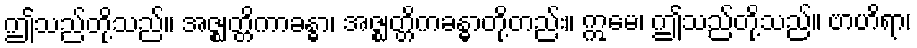
ဤသည်တို့သည်။ အဇ္ဈတ္တိကာခန္ဓာ၊ အဇ္ဈတ္တိကခန္ဓာတို့တည်း။ ဣမေ၊ ဤသည်တို့သည်။ ဗာဟိရာ၊